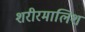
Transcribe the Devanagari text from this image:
शरीरमालिश